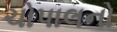
ચોપાલનો